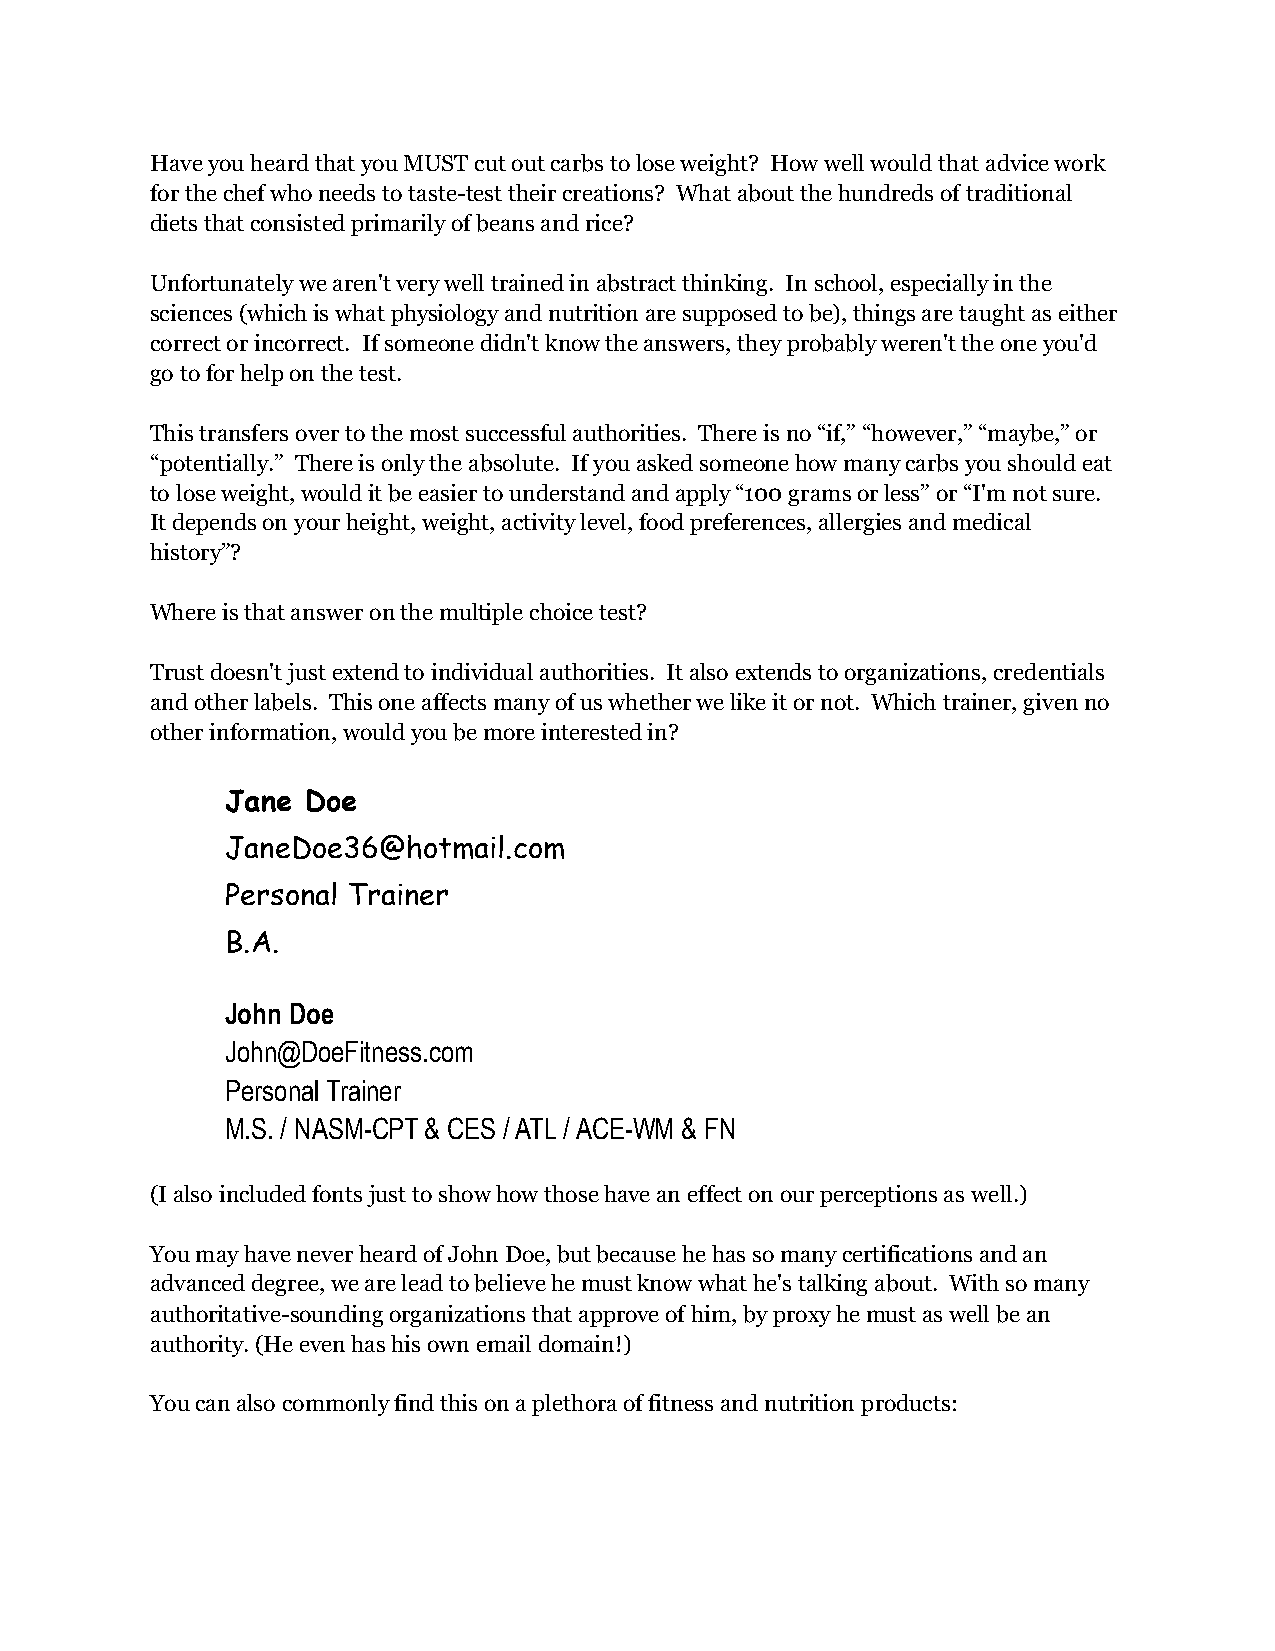
Have you heard that you MUST cut out carbs to lose weight? How well would that advice work
 for the chef who needs to taste-test their creations? What about the hundreds of traditional
 diets that consisted primarily of beans and rice?
 Unfortunately we aren't very well trained in abstract thinking. In school, especially in the
 sciences (which is what physiology and nutrition are supposed to be), things are taught as either
 correct or incorrect. If someone didn't know the answers, they probably weren't the one you'd
 go to for help on the test.
 This transfers over to the most successful authorities. There is no “if,” “however,” “maybe,” or
 “potentially.” There is only the absolute. If you asked someone how many carbs you should eat
 to lose weight, would it be easier to understand and apply “100 grams or less” or “I'm not sure.
 It depends on your height, weight, activity level, food preferences, allergies and medical
 history”?
 Where is that answer on the multiple choice test?
 Trust doesn't just extend to individual authorities. It also extends to organizations, credentials
 and other labels. This one affects many of us whether we like it or not. Which trainer, given no
 other information, would you be more interested in?
 Jane Doe
 JaneDoe36@hotmail.com
 Personal Trainer
 B.A.
 John Doe
 John@DoeFitness.com
 Personal Trainer
 M.S. / NASM-CPT & CES / ATL / ACE-WM & FN
 (I also included fonts just to show how those have an effect on our perceptions as well.)
 You may have never heard of John Doe, but because he has so many certifications and an
 advanced degree, we are lead to believe he must know what he's talking about. With so many
 authoritative-sounding organizations that approve of him, by proxy he must as well be an
 authority. (He even has his own email domain!)
 You can also commonly find this on a plethora of fitness and nutrition products: